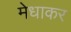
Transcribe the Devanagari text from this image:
मेधाकर